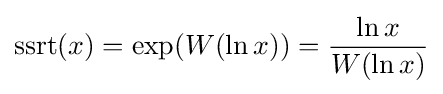
\mathrm {ssrt} (x)=\exp(W(\ln x))={\frac {\ln x}{W(\ln x)}}